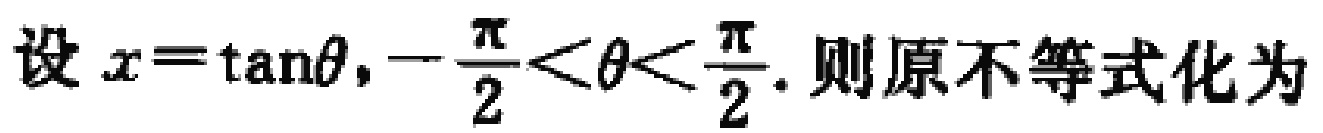
设\(x = \tan\theta,-\frac{\pi}{2} < \theta < \frac{\pi}{2}\). 则原不等式化为